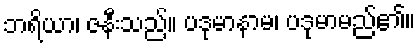
ဘရိယာ၊ ဇနီးသည်။ ပဒုမာနာမ၊ ပဒုမာမည်၏။